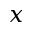
x